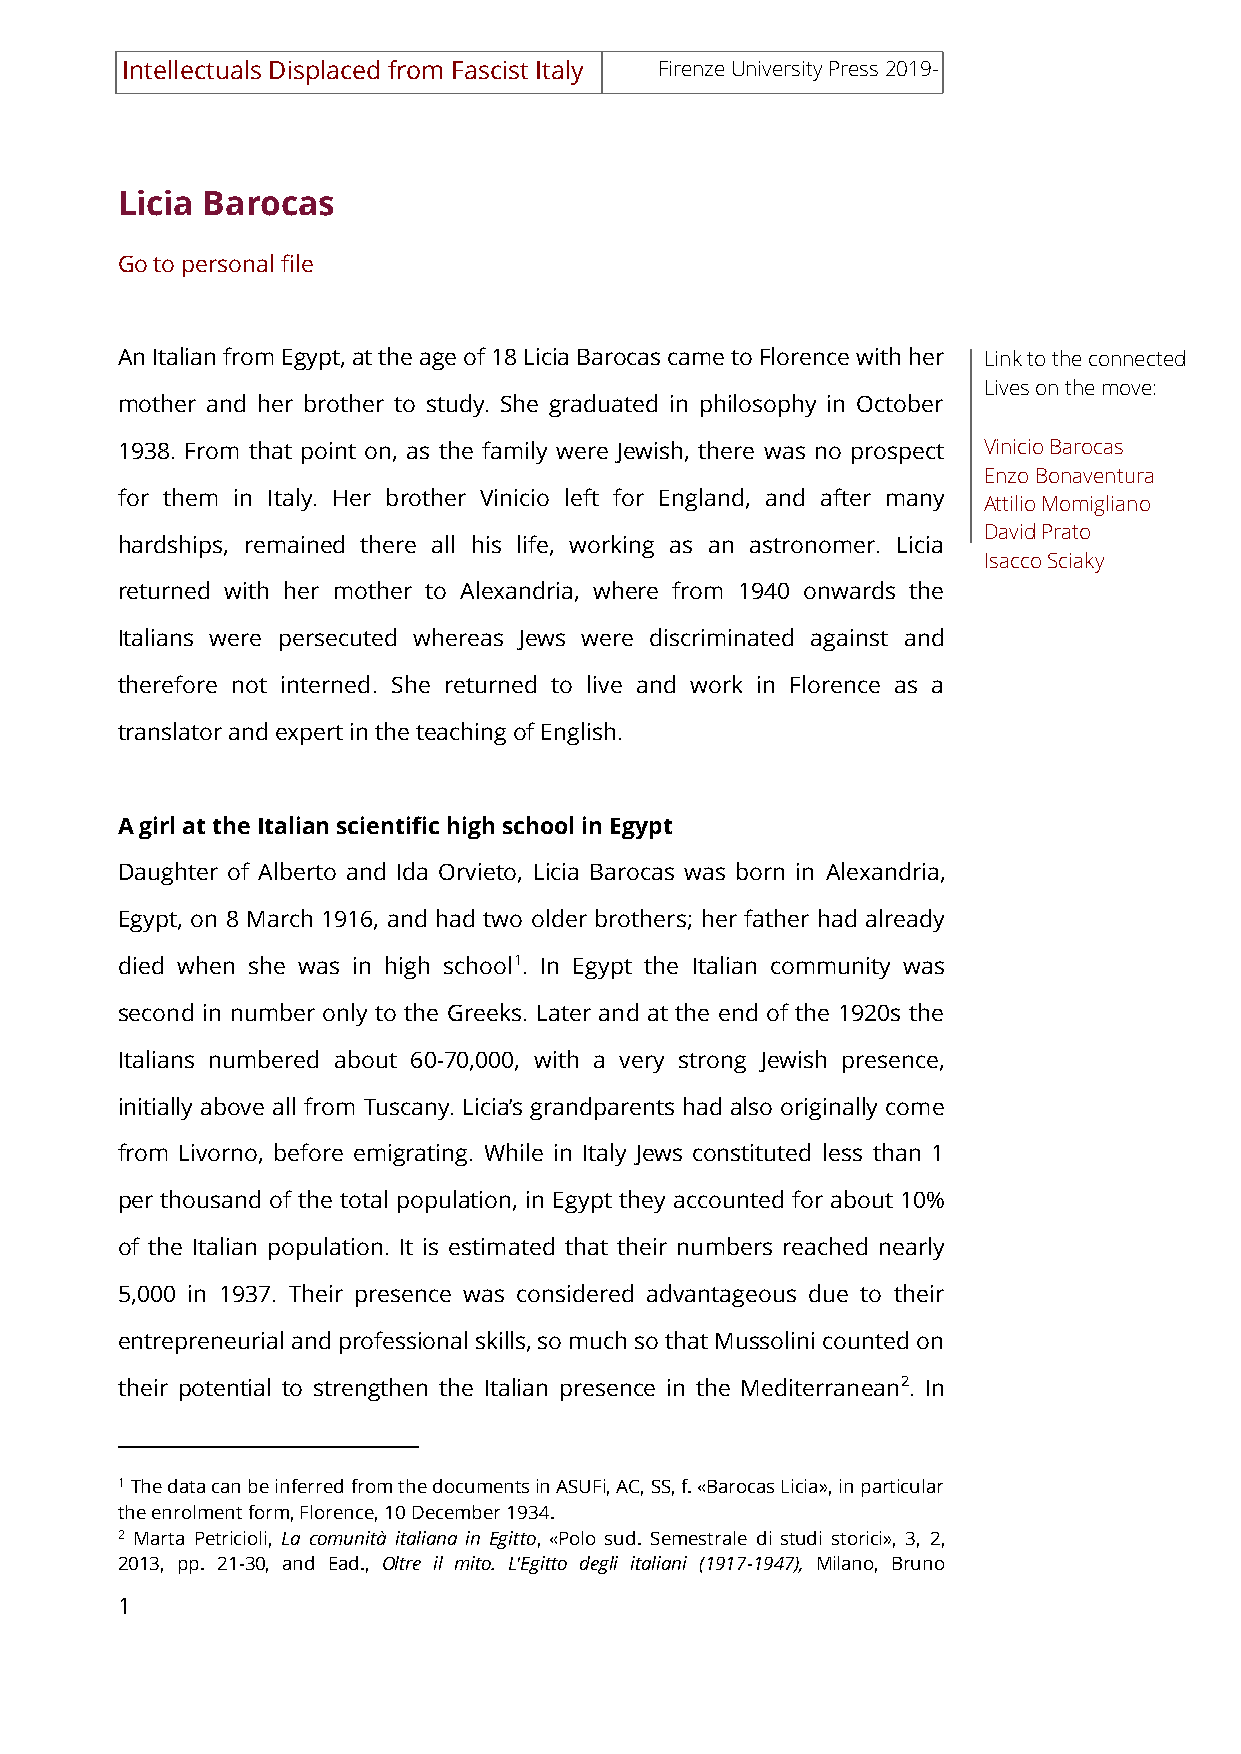
Intellectuals Displaced from Fascist Italy Firenze University Press 2019-
 Licia Barocas
 Go to personal file
 An Italian from Egypt, at the age of 18 Licia Barocas came to Florence with her Link to the connected
 Lives on the move:
 mother and her brother to study. She graduated in philosophy in October
 1938. From that point on, as the family were Jewish, there was no prospect Vinicio Barocas
 Enzo Bonaventura
 for them in Italy. Her brother Vinicio left for England, and after many
 Attilio Momigliano
 David Prato
 hardships, remained there all his life, working as an astronomer. Licia
 Isacco Sciaky
 returned with her mother to Alexandria, where from 1940 onwards the
 Italians were persecuted whereas Jews were discriminated against and
 therefore not interned. She returned to live and work in Florence as a
 translator and expert in the teaching of English.
 A girl at the Italian scientific high school in Egypt
 Daughter of Alberto and Ida Orvieto, Licia Barocas was born in Alexandria,
 Egypt, on 8 March 1916, and had two older brothers; her father had already
 died when she was in high school1. In Egypt the Italian community was
 second in number only to the Greeks. Later and at the end of the 1920s the
 Italians numbered about 60-70,000, with a very strong Jewish presence,
 initially above all from Tuscany. Licia’s grandparents had also originally come
 from Livorno, before emigrating. While in Italy Jews constituted less than 1
 per thousand of the total population, in Egypt they accounted for about 10%
 of the Italian population. It is estimated that their numbers reached nearly
 5,000 in 1937. Their presence was considered advantageous due to their
 entrepreneurial and professional skills, so much so that Mussolini counted on
 their potential to strengthen the Italian presence in the Mediterranean2. In
 1 The data can be inferred from the documents in ASUFi, AC, SS, f. «Barocas Licia», in particular
 the enrolment form, Florence, 10 December 1934.
 2 Marta Petricioli, La comunità italiana in Egitto, «Polo sud. Semestrale di studi storici», 3, 2,
 2013, pp. 21-30, and Ead., Oltre il mito. L'Egitto degli italiani (1917-1947), Milano, Bruno
 1